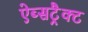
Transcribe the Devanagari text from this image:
ऐब्सट्रैक्ट